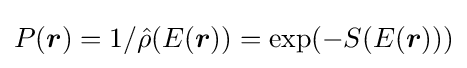
P({\boldsymbol {r}})=1/{\hat {\rho }}(E({\boldsymbol {r}}))=\exp(-S(E({\boldsymbol {r}})))